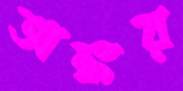
অঙ্কর